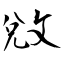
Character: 敓